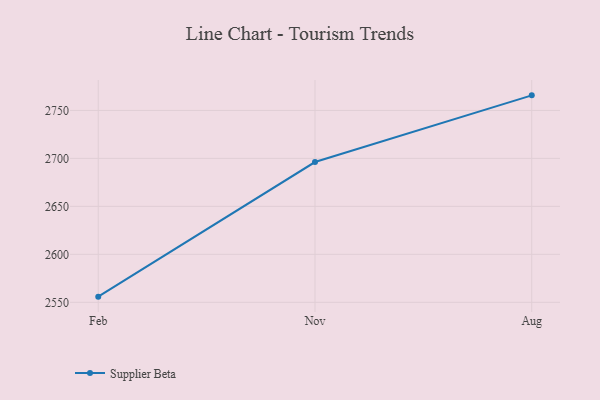
{"axis": {"x": "Month", "y": "Satisfaction Score"}, "legend": ["Supplier Beta"], "data": [{"x": "Feb", "y": 2555.9, "type": "Supplier Beta"}, {"x": "Nov", "y": 2696.2, "type": "Supplier Beta"}, {"x": "Aug", "y": 2765.7, "type": "Supplier Beta"}]}